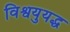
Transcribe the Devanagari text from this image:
विश्वयुयद्ध